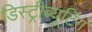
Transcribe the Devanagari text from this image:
डिस्ट्रीब्यूटिंग